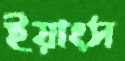
ইয়াংস